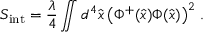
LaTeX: S _ { \mathrm { i n t } } = { \frac { \lambda } { 4 } } \int \! \! \! \! \! \int d ^ { 4 } \hat { x } \left( \Phi ^ { + } ( \hat { x } ) \Phi ( \hat { x } ) \right) ^ { 2 } \, .